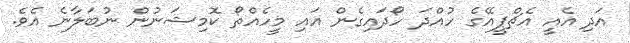
އަދި އެއީ އެޗްޕީއޭގެ ހުއްދަ ހޯދައިގެން އައި މީހެެއްތޯ ކޮމިޝަނުން ނުބަލާނެ އެވެ.